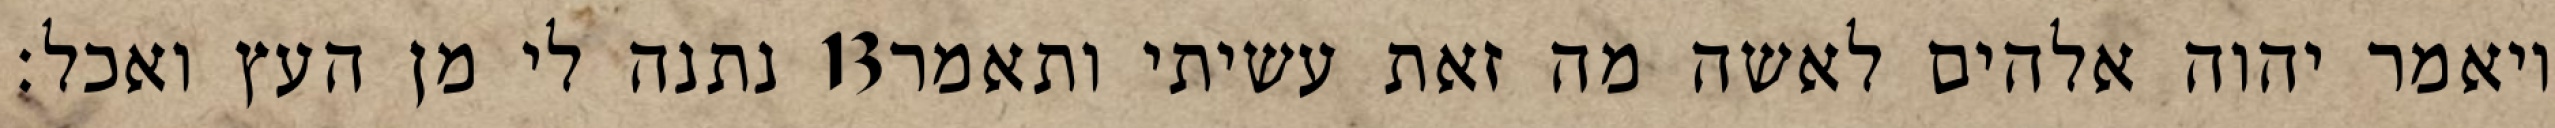
נתנה לי מן העץ ואכל׃ ‎13‏ ויאמר יהוה אלהים לאשה מה זאת עשיתי ותאמר